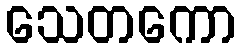
သေတကော